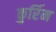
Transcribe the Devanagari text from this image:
कुर्रिम